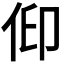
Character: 𠈟